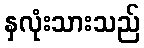
နှလုံးသားသည်